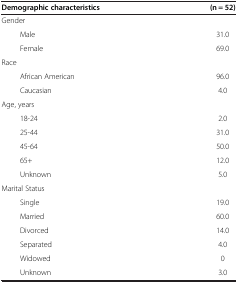
<table><thead><tr><td><b>Demographic characteristics</b></td><td><b>(n = 52)</b></td></tr></thead><tbody><tr><td>Gender</td><td> </td></tr><tr><td>Male</td><td>31.0</td></tr><tr><td>Female</td><td>69.0</td></tr><tr><td>Race</td><td> </td></tr><tr><td>African American</td><td>96.0</td></tr><tr><td>Caucasian</td><td>4.0</td></tr><tr><td>Age, years</td><td> </td></tr><tr><td>18-24</td><td>2.0</td></tr><tr><td>25-44</td><td>31.0</td></tr><tr><td>45-64</td><td>50.0</td></tr><tr><td>65+</td><td>12.0</td></tr><tr><td>Unknown</td><td>5.0</td></tr><tr><td>Marital Status</td><td> </td></tr><tr><td>Single</td><td>19.0</td></tr><tr><td>Married</td><td>60.0</td></tr><tr><td>Divorced</td><td>14.0</td></tr><tr><td>Separated</td><td>4.0</td></tr><tr><td>Widowed</td><td>0</td></tr><tr><td>Unknown</td><td>3.0</td></tr></tbody></table>